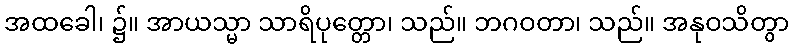
အထခေါ၊ ၌။ အာယသ္မာ သာရိပုတ္တော၊ သည်။ ဘဂဝတာ၊ သည်။ အနုဝသိတွာ